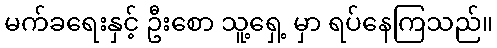
မက်ခရေးနှင့် ဦးစော သူ့ရှေ့ မှာ ရပ်နေကြသည်။